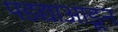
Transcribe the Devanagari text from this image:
पडद्याआडून